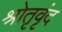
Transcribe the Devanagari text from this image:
श्रोतृवृंद